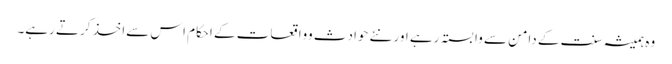
وہ ہمیشہ سنت کے دامن سے وابستہ رہے اور نئے حوادث وواقعات کے احکام اس سےاخذ کرتے رہے۔